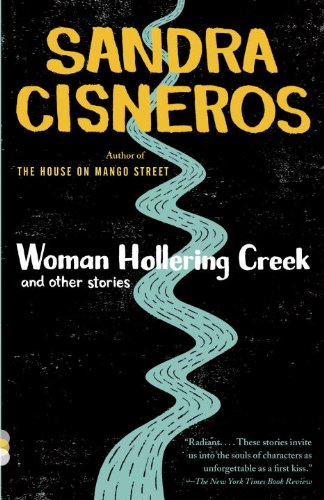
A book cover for Woman Hollering Creek: And Other Stories; Sandra Cisneros; Literature & Fiction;